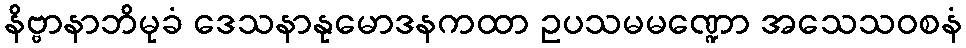
နိဗ္ဗာနာဘိမုခံ ဒေသနာနုမောဒနကထာ ဥပသမမဏ္ဍော အသေသဝစနံ